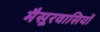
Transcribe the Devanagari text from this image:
मैसूरवासियों